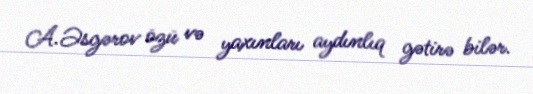
A.Əsgərov özü və yaxınları aydınlıq gətirə bilər.